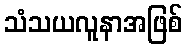
သံသယလူနာအဖြစ်